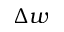
\Delta w